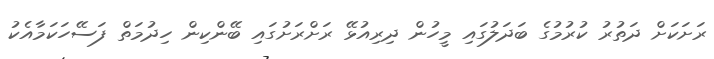
ރަށަކަށް ދަތުރު ކުރުމުގެ ބަދަލުގައި މީހުން ދިރިއުޅޭ ރަށްރަށުގައި ބޭންކިން ހިދުމަތް ފަސޭހަކަމާއެކު